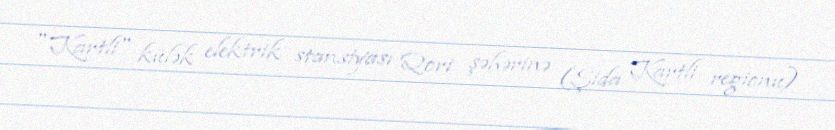
"Kartli" külək elektrik stansiyası Qori şəhərinə (Şida Kartli regionu)